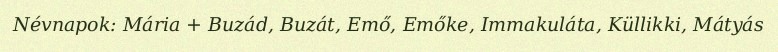
Névnapok: Mária + Buzád, Buzát, Emő, Emőke, Immakuláta, Küllikki, Mátyás